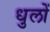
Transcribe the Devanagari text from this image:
धुलों